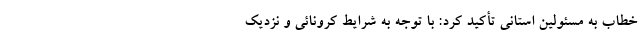
خطاب به مسئولین استانی تأکید کرد: با توجه به شرایط کرونائی و نزدیک